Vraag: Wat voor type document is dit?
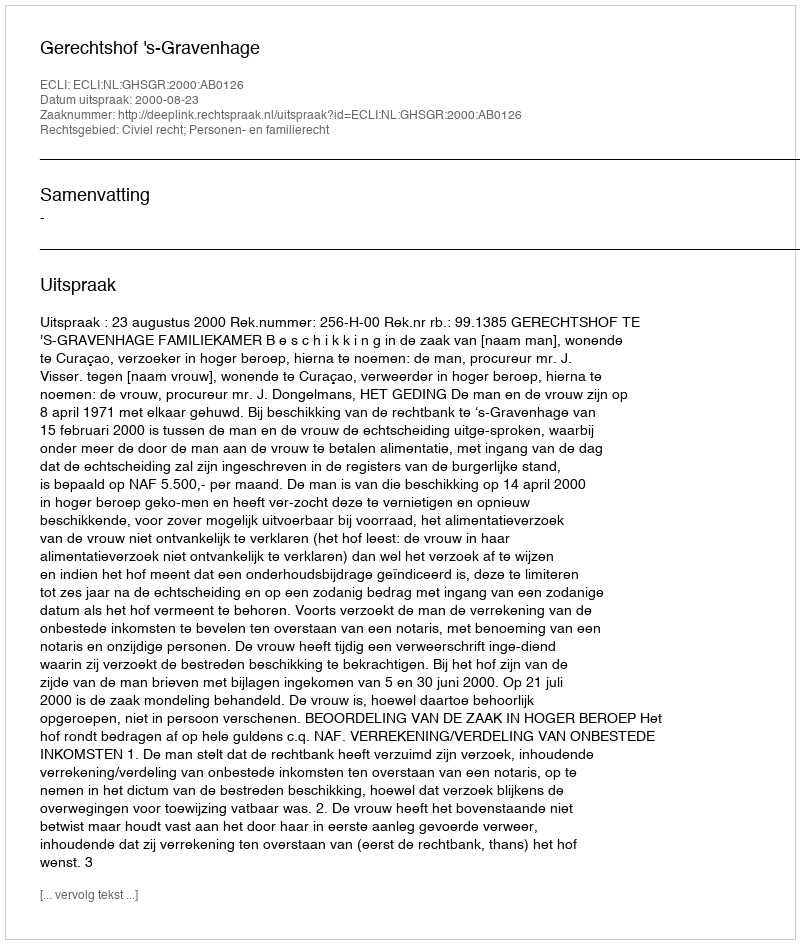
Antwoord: Uitspraak